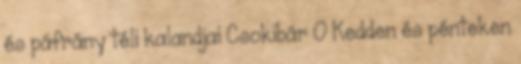
és páfrány téli kalandjai Csokibár 0 Kedden és pénteken